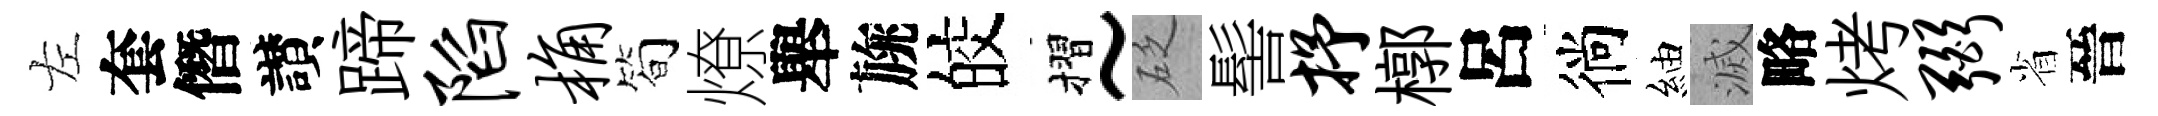
左套僭讃蹄陷桷简燎舉旐皎摺~砭髻抒槨呂徜紬滅略烤弼省晉